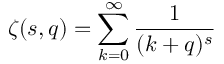
\zeta ( s , q ) = \sum _ { k = 0 } ^ { \infty } { \frac { 1 } { ( k + q ) ^ { s } } }